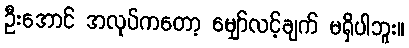
ဦးအောင် အလုပ်ကတော့ မျှော်လင့်ချက် မရှိပါဘူး။